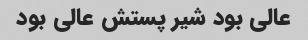
عالی بود شیر پستش عالی بود